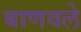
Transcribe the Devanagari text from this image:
बाणवले